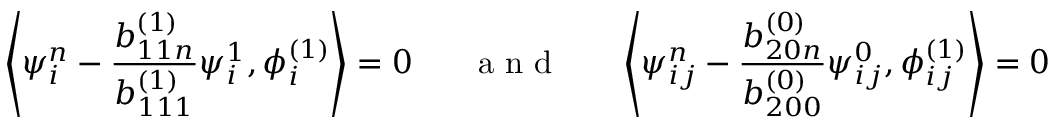
\left\langle \psi _ { i } ^ { n } - \frac { b _ { 1 1 n } ^ { ( 1 ) } } { b _ { 1 1 1 } ^ { ( 1 ) } } \psi _ { i } ^ { 1 } , \phi _ { i } ^ { ( 1 ) } \right\rangle = 0 \quad \mathrm { ~ ~ ~ a ~ n ~ d ~ ~ ~ } \quad \left\langle \psi _ { i j } ^ { n } - \frac { b _ { 2 0 n } ^ { ( 0 ) } } { b _ { 2 0 0 } ^ { ( 0 ) } } \psi _ { i j } ^ { 0 } , \phi _ { i j } ^ { ( 1 ) } \right\rangle = 0